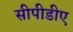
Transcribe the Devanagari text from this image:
सीपीडीए